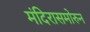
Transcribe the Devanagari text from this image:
मंदिरासमोरुन